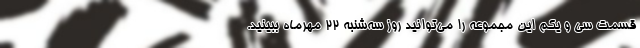
قسمت سی و یکم این مجموعه را می‌توانید روز ‌سه‌شنبه ۲۲ مهرماه ببینید.